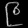
Digit: ၉